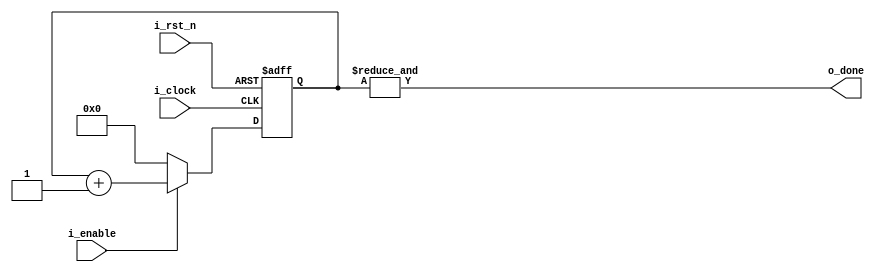
`timescale 1ns / 1ps
//////////////////////////////////////////////////////////////////////////////////
// Company: Si-Vision
// 
// Design Name: 
// Module Name:    timer 
// Project Name: 	 Elevator project 
// Target Devices: 
// Tool versions: 
// Description: 
//
// Dependencies: 
//
// Revision: 
// Revision 0.01 - File Created
// Additional Comments: 
//
//////////////////////////////////////////////////////////////////////////////////
/////-----------------------------Declerations ------------------------------------//
module timer # (parameter pCOUNT_BITS = 5 )(  // number of cycles that timer will count 
    input i_clock,									// pCOUNT_BITS it refers to number of bits 
    input i_rst_n,									// will statsify number of cycles log2(number of cycles== 32) 
    input i_enable,
    output o_done
    );
	 reg [pCOUNT_BITS - 1 : 0 ] count ;
///////------------------------------------------------------------------------------//
///////---------------------------counter implmentation------------------------------//	 
always @ (posedge i_clock or negedge i_rst_n ) 
	begin 
			if ( (!i_rst_n)  )
				count <= 0 ;
			else if (!i_enable) 
				count <= 0 ;
			else if( i_enable )
				count <= count + 1 ; 
	end 
assign o_done = &(count);  
////------------------------------------------------------------------------------///

endmodule